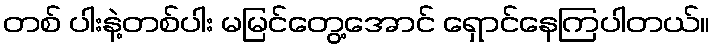
တစ် ပါးနဲ့တစ်ပါး မမြင်တွေ့အောင် ရှောင်နေကြပါတယ်။